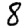
Digit: 8